Report on vaccination proceedings throughout the Government of Bengal -
Year: 1868
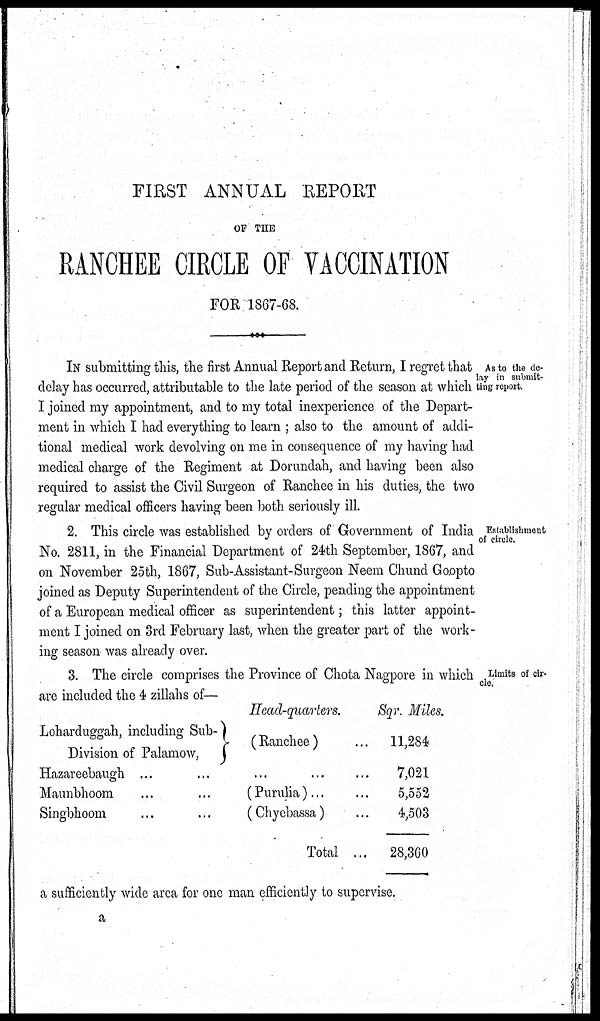
FIRST ANNUAL REPORT
OF THE
RANCHEE CIRCLE OF VACCINATION
FOR 1867-68.
As to the de-
lay in submit-
ting report.
IN submitting this, the first Annual Report and Return, I regret that
delay has occurred, attributable to the late period of the season at which
I joined my appointment, and to my total inexperience of the Depart-
ment in which I had everything to learn ; also to the amount of addi-
tional medical work devolving on me in consequence of my having had
medical charge of the Regiment at Dorundah, and having been also
required to assist the Civil Surgeon of Ranchee in his duties, the two
regular medical officers having been both seriously ill.
Establishment
of circle.
2. This circle was established by orders of Government of India
No. 2811, in the Financial Department of 24th September, 1867, and
on November 25th, 1867, Sub-Assistant-Surgeon Neem Chund Goopto
joined as Deputy Superintendent of the Circle, pending the appointment
of a European medical officer as superintendent; this latter appoint-
ment I joined on 3rd February last, when the greater part of the work-
ing season was already over.
Limits of cir-
cle.
3. The circle comprises the Province of Chota Nagpore in which
are included the 4 zillahs of—
Loharduggah, including Sub-
Division of Palamow,
Head-quarters.
(Ranchee) ...
Hazareebaugh ...
...
...
...
...
Maunbhoom
...
...
(Purulia) ... ...
Singbhoom
...
...
(Chyebassa) ...
Total ...
Sqr. Miles.
11,284
7,021
5,552
4,503
28,360
a sufficiently wide area for one man efficiently to supervise.
a